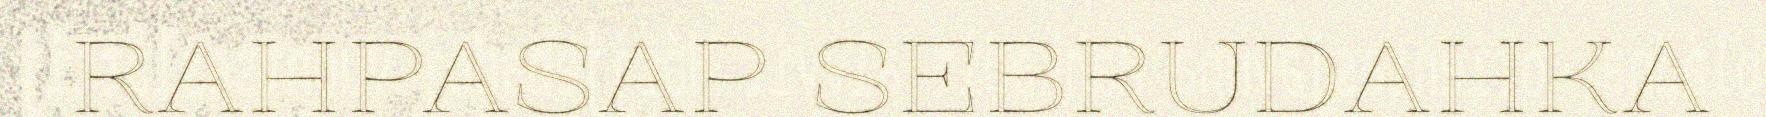
RAHPASAP SEBRUDAHKA